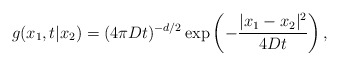
\begin{align*}g(x_1,t|x_2) = (4 \pi Dt)^{-d/2} \exp\left(- \frac{|x_1-x_2|^2}{4Dt}\right),\end{align*}